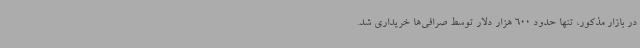
در بازار مذکور، تنها حدود 600 هزار دلار توسط صرافی‌ها خریداری شد.